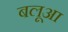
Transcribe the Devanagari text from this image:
बलूआ